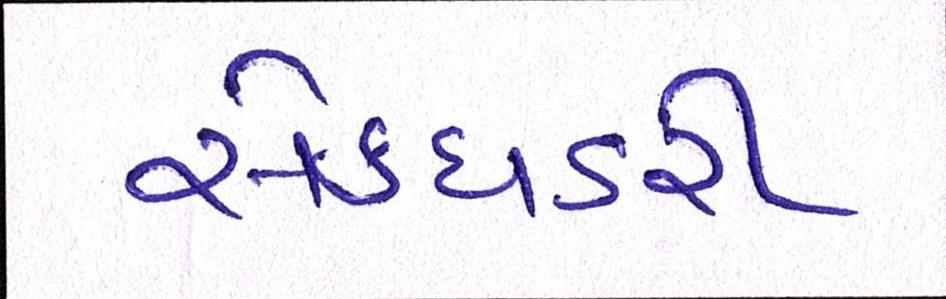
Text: સેક્ધડરી